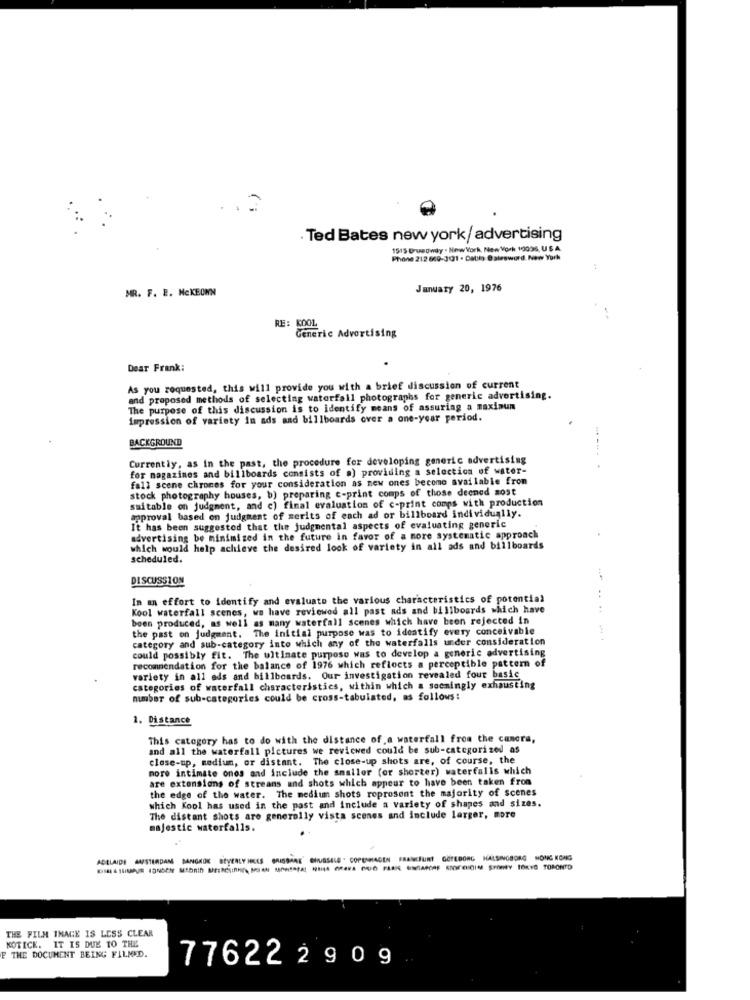
Ted Bates new york/ advertising
1515 Bruadway . New York, New York 10006, U S.A.
Phone 212 809-301 . Dabilo Batesword. New York
MR. F. E. MCKEOWN
January 20, 1976
Generic Advertising
Dear Frank:
As you requested, this will provide you with a brief discussion of current
and proposed methods of selecting waterfall photographs for generic advertising.
The purpose of this discussion is to identify means of assuring a maxinun
impression of variety in ads and billboards over a one-year period.
BACKGROUND
Currently, as in the past, the procedure for developing generic advertising
for magazines and billboards consists of a) providing a selection of water-
fall scene chromes for your consideration as new ones become available from
stock photography houses, b) preparing t-print comps of those deened sost
suitable on judgment, and c) final evaluation of c-print comps with production
approval based on judgment of merits of each ad or billboard individually.
It has been suggested that the judgmental aspects of evaluating generic
advertising be minimized in the future in favor of a more systematic approach
which would help achieve the desired look of variety in all ads and billboards
scheduled.
DISCUSSION
In an effort to identify and evaluate the various characteristics of potential
..
Kool waterfall scenes, we have reviewed all past ads and billboards which have
been produced, as well as many waterfall scenes which have been rejected in
the past on judgment. The initial purpose was to identify every conceivable
category and sub-category into which any of the waterfalls under consideration
could possibly fit. The ultimate purpose was to develop a generic advertising
recommendation for the balance of 1976 which reflects a perceptible pattern of
variety in all ods and billboards. Our investigation revealed four basic
categories of waterfall characteristics, within which a soemingly exhausting
number of sub-categories could be cross-tabulated, as follows:
1. Distance
This category has to do with the distance of a waterfall from the camera,
and all the waterfall pictures we reviewed could be sub-categorized as
close-up, medium, or distant. The close-up shots are, of course, the
more intimate onos and include the smaller (or shorter) waterfalls which
are extensions of streans and shots which appear to have been taken from
the edge of the water. The medium shots roprosent the majority of scenes
which Kool has used in the past and include a variety of shapes and sizes.
The distant shots are generally vista scenes and include larger, more
majestic waterfalls.
ADELAIDE 44/STERDAM BANGKOK BEVERLY HECES GRUISSAR HUSSEL . COPENHAGEN FRANKFURT GÖTEBORG HALSINGBORG HONG KONG
THE FILM IMAGE IS LESS CLEAR
KOTICK. IT IS DUE TO THE
F THE DOCUMENT BEING FILMED.
776222909